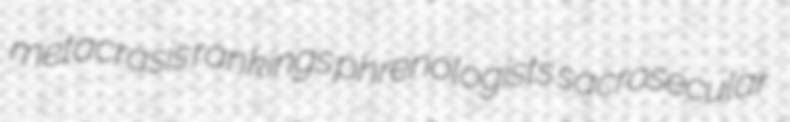
metacrasis rankings phrenologists sacrosecular